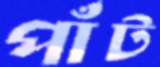
পাঁট